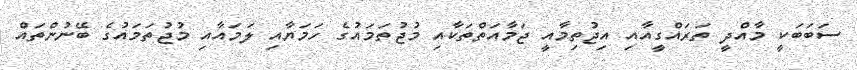
ސަބަބަކީ މާއްދީ ތަރައްގީއާއި އިޖުތިމާއީ ޖަމާއަތްތަކާއި މުޖުތަމައުގެ ހަމަޔާއި ލަމައާއި މުޖުތަމައުގެ ބޭނުންތައް